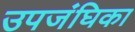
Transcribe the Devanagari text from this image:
उपजंघिका